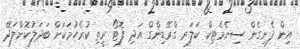
އިން ފެށިގެން ސިނެމެޓިކް ކަލަރ ގްރޭޑިންގް އަދި ފޮޓޯ ރީތި ކުރެހުމަކަށް ބަދަލުކޮށްލަދޭ